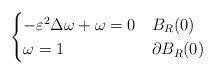
LaTeX: \begin{align*} \begin{cases}-\varepsilon^2\Delta\omega+\omega=0&B_R(0)\\\omega=1& \partial B_R(0)\end{cases}\end{align*}